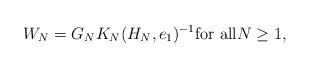
LaTeX: \begin{align*} W_N= G_N K_N(H_N,e_1)^{-1} \textrm{for all} N\geq 1,\end{align*}